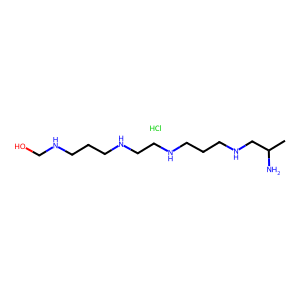
SMILES: CC(N)CNCCCNCCNCCCNCO.Cl
Inhibits HIV replication: No